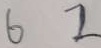
6 2